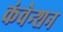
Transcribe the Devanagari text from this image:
कंवेन्शन